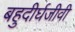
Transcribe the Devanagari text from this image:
बहुदीर्घजीवी